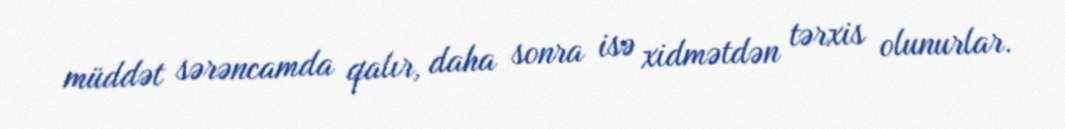
müddət sərəncamda qalır, daha sonra isə xidmətdən tərxis olunurlar.